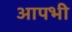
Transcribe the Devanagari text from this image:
आपभी